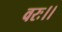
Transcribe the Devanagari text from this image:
वरः।।